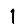
Digit: 1